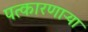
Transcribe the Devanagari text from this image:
पत्कारणाऱ्या